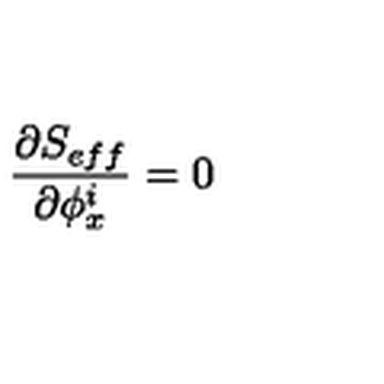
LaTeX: \frac { \partial S _ { e f f } } { \partial \phi _ { x } ^ { i } } = 0